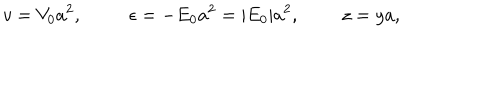
v = V _ { 0 } a ^ { 2 } , ~ \epsilon = - E _ { 0 } a ^ { 2 } = | E _ { 0 } | a ^ { 2 } , z = y a ,